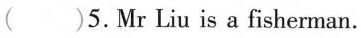
( )5.Mr Liu is a fisherman.